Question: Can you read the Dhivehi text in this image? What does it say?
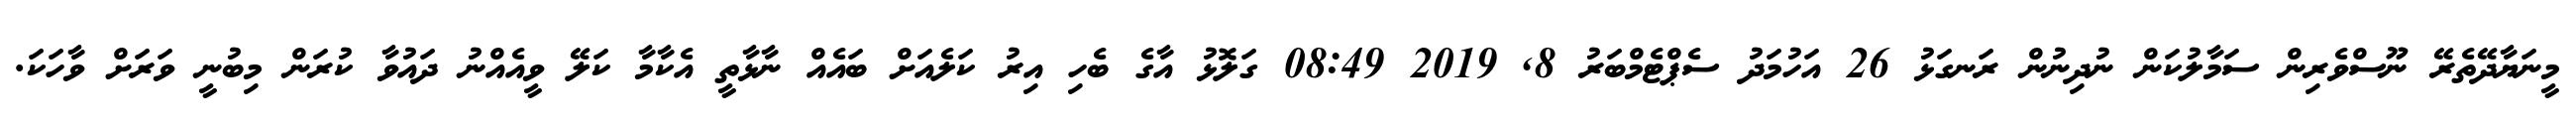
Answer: މީނަޔާދޭތެރޭ ނޫސްވެރިން ސަމާލުކަން ނުދިނުން ރަނގަޅު 26 އަހުމަދު ސެޕްޓެމްބަރު 8, 2019 08:49 ގަލޮޅު އާގެ ބެހި އިރު ކަލެއަށް ބައެއް ނާޅާތީ އެކާމާ ކަލޭ ވީއެއްނު ދައުވާ ކުރަން މިބުނީ ވަރަށް ވާހަކަ.